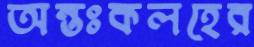
অন্তঃকলহের